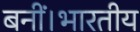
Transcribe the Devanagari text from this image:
बनीं।भारतीय